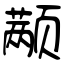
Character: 颟